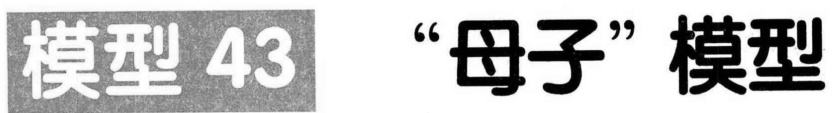
模型 43 “母子”模型